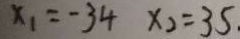
x _ { 1 } = - 3 4 x _ { 2 } = 3 5